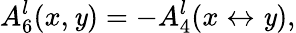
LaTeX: A_{6}^{l}(x,\mathit{y})=-A_{4}^{l}(x\leftrightarrow\mathit{y}),